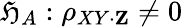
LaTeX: \mathfrak{H}_{A}:\rho_{XY\cdot\mathbf{{Z}}}\neq0